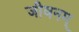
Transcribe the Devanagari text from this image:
जीवनम्‌